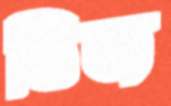
ডিজ